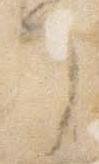
了